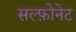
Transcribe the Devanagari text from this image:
सल्फ़ोनेट